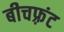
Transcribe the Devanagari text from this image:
बीचफ़्रंट